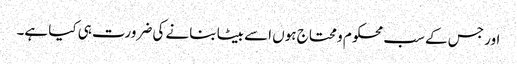
اور جس کے سب محکوم و محتاج ہوں اسے بیٹا بنانے کی ضرورت ہی کیا ہے۔